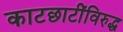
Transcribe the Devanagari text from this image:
काटछाटींविरुद्ध